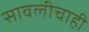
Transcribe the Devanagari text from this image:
सावलीचाही